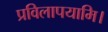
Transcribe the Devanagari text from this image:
प्रविलापयामि।